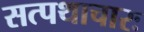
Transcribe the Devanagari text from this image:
सत्पथाचारः